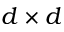
d \times d